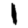
Digit: 1